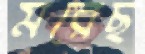
মরেছ